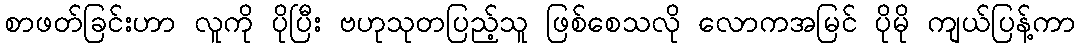
စာဖတ်ခြင်းဟာ လူကို ပိုပြီး ဗဟုသုတပြည့်သူ ဖြစ်စေသလို လောကအမြင် ပိုမို ကျယ်ပြန့်ကာ